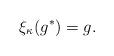
LaTeX: \begin{align*}\xi_{\kappa}(g^*)=g. \end{align*}